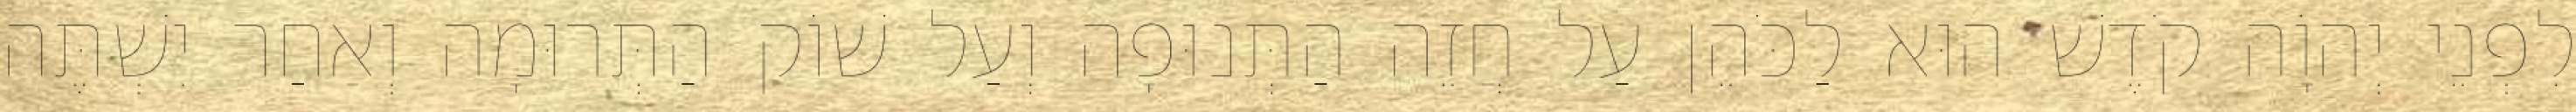
לִפְנֵי יְהוָֹה קֹדֶשׁ הוּא לַכֹּהֵן עַל חֲזֵה הַתְּנוּפָה וְעַל שׁוֹק הַתְּרוּמָה וְאַחַר יִשְׁתֶּה